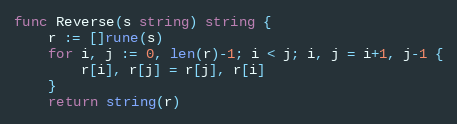
Language: Go
func Reverse(s string) string {
	r := []rune(s)
	for i, j := 0, len(r)-1; i < j; i, j = i+1, j-1 {
		r[i], r[j] = r[j], r[i]
	}
	return string(r)